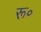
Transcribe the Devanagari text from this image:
रू॰